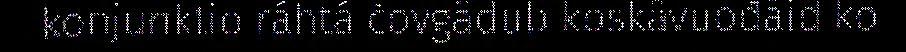
konjunktio ráhtá čovgâdub koskâvuođâid ko